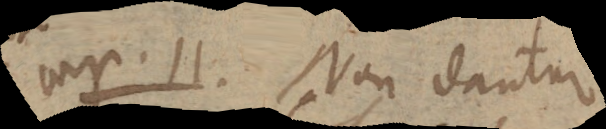
cap. 11. Non dantur